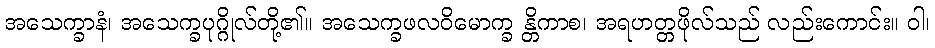
အသေက္ခာနံ၊ အသေက္ခပုဂ္ဂိုလ်တို့၏။ အသေက္ခဖလဝိမောက္ခ န္တိကာစ၊ အရဟတ္တဖိုလ်သည် လည်းကောင်း။ ဝါ၊